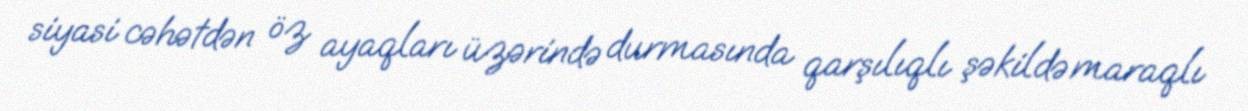
siyasi cəhətdən öz ayaqları üzərində durmasında qarşılıqlı şəkildə maraqlı